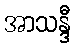
အာသန္ဒီ